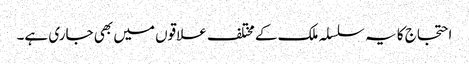
احتجاج کا یہ سلسلہ ملک کے مختلف علاقوں میں بھی جاری ہے۔